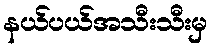
နယ်ပယ်အသီးသီးမှ